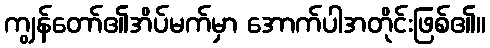
ကျွန်တော်၏အိပ်မက်မှာ အောက်ပါအတိုင်းဖြစ်၏။